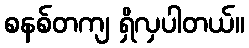
စနစ်တကျ ရှိလှပါတယ်။